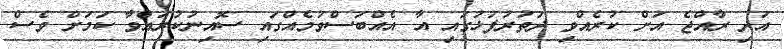
އަދި ރާއްޖެ އަށް ކުރެއްވި ދަތުރުފުޅުގައި އާ އެއްބަސްވުމެއްގައި ސޮއިނުކުރައްވާ ކަމަށް ވެސް